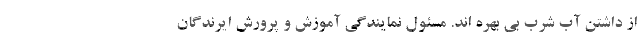
از داشتن آب شرب بی بهره اند. مسئول نمایندگی آموزش و پرورش ایرندگان